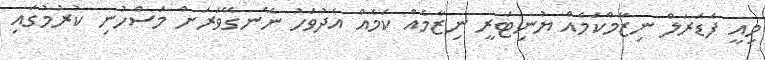
މިއީ ފެޑަރަލް ނިޒާމްކަމެއް ޔުނިޓަރީ ނިޒާމެއް ކަމެއް އެދުވަހު ނޭނގޭވަރަށް މަސްހުނި ކުރުމުގައި